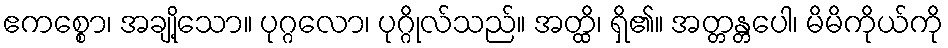
ဧကစ္စော၊ အချို့သော။ ပုဂ္ဂလော၊ ပုဂ္ဂိုလ်သည်။ အတ္ထိ၊ ရှိ၏။ အတ္တန္တပေါ၊ မိမိကိုယ်ကို